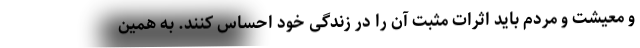
و معیشت و مردم باید اثرات مثبت آن را در زندگی خود احساس کنند. به همین